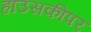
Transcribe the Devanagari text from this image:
हाउसकीपर